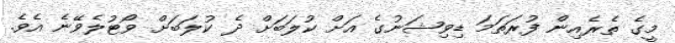
މީގެ ތެރެއިން ފުރަތަމަ ޑިވިޝަނުގެ އަށް ކުލަބަށް ދެ ކުލަބަށް ވޯޓުލެވޭނެ އެވެ.